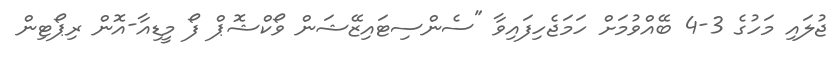
ޖުލައި މަހުގެ 3-4 ބޭއްވުމަށް ހަމަޖެހިފައިވާ "ސެންސިޓައިޒޭޝަން ވޯކްޝޮޕް ފޯ މީޑިއާ-އޮން ރިޕޯޓިން